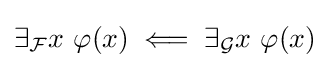
\exists _{\mathcal {F}}x\ \varphi (x)\;\Longleftarrow \;\exists _{\mathcal {G}}x\ \varphi (x)